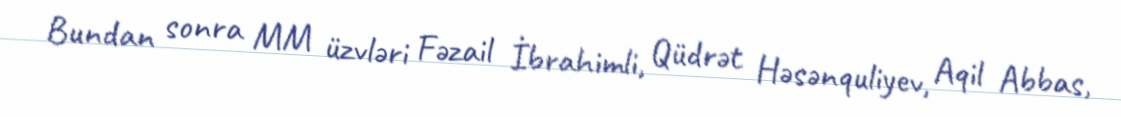
Bundan sonra MM üzvləri Fəzail İbrahimli, Qüdrət Həsənquliyev, Aqil Abbas,